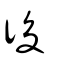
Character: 後